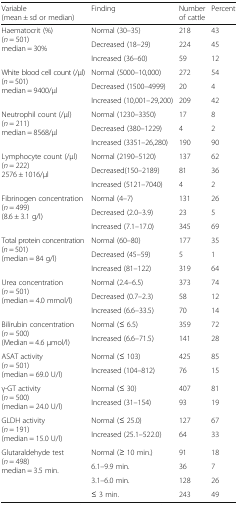
<table><thead><tr><td><b>Variable(mean ± sd or median)</b></td><td><b>Finding</b></td><td><b>Number of cattle</b></td><td><b>Percent</b></td></tr></thead><tbody><tr><td rowspan="3">Haematocrit (%) (<i>n</i> = 501)median = 30%</td><td>Normal (30–35)</td><td>218</td><td>43</td></tr><tr><td>Decreased (18–29)</td><td>224</td><td>45</td></tr><tr><td>Increased (36–60)</td><td>59</td><td>12</td></tr><tr><td rowspan="3">White blood cell count (/μl) (<i>n</i> = 501)median = 9400/μl</td><td>Normal (5000–10,000)</td><td>272</td><td>54</td></tr><tr><td>Decreased (1500–4999)</td><td>20</td><td>4</td></tr><tr><td>Increased (10,001–29,200)</td><td>209</td><td>42</td></tr><tr><td rowspan="3">Neutrophil count (/μl) (<i>n</i> = 211)median = 8568/μl</td><td>Normal (1230–3350)</td><td>17</td><td>8</td></tr><tr><td>Decreased (380–1229)</td><td>4</td><td>2</td></tr><tr><td>Increased (3351–26,280)</td><td>190</td><td>90</td></tr><tr><td rowspan="3">Lymphocyte count (/μl) (<i>n</i> = 222)2576 ± 1016/μl</td><td>Normal (2190–5120)</td><td>137</td><td>62</td></tr><tr><td>Decreased(150–2189)</td><td>81</td><td>36</td></tr><tr><td>Increased (5121–7040)</td><td>4</td><td>2</td></tr><tr><td rowspan="3">Fibrinogen concentration (<i>n</i> = 499)(8.6 ± 3.1 g/l)</td><td>Normal (4–7)</td><td>131</td><td>26</td></tr><tr><td>Decreased (2.0–3.9)</td><td>23</td><td>5</td></tr><tr><td>Increased (7.1–17.0)</td><td>345</td><td>69</td></tr><tr><td rowspan="3">Total protein concentration (<i>n</i> = 501)(median = 84 g/l)</td><td>Normal (60–80)</td><td>177</td><td>35</td></tr><tr><td>Decreased (45–59)</td><td>5</td><td>1</td></tr><tr><td>Increased (81–122)</td><td>319</td><td>64</td></tr><tr><td rowspan="3">Urea concentration (<i>n</i> = 501)(median = 4.0 mmol/l)</td><td>Normal (2.4–6.5)</td><td>373</td><td>74</td></tr><tr><td>Decreased (0.7–2.3)</td><td>58</td><td>12</td></tr><tr><td>Increased (6.6–33.5)</td><td>70</td><td>14</td></tr><tr><td rowspan="2">Bilirubin concentration (<i>n</i> = 500)(Median = 4.6 μmol/l)</td><td>Normal (≤ 6.5)</td><td>359</td><td>72</td></tr><tr><td>Increased (6.6–71.5)</td><td>141</td><td>28</td></tr><tr><td rowspan="2">ASAT activity (<i>n</i> = 501)(median = 69.0 U/l)</td><td>Normal (≤ 103)</td><td>425</td><td>85</td></tr><tr><td>Increased (104–812)</td><td>76</td><td>15</td></tr><tr><td rowspan="2">γ-GT activity (<i>n</i> = 500)(median = 24.0 U/l)</td><td>Normal (≤ 30)</td><td>407</td><td>81</td></tr><tr><td>Increased (31–154)</td><td>93</td><td>19</td></tr><tr><td rowspan="2">GLDH activity (<i>n</i> = 191)(median = 15.0 U/l)</td><td>Normal (≤ 25.0)</td><td>127</td><td>67</td></tr><tr><td>Increased (25.1–522.0)</td><td>64</td><td>33</td></tr><tr><td rowspan="4">Glutaraldehyde test (<i>n</i> = 498)median = 3.5 min.</td><td>Normal (≥ 10 min.)</td><td>91</td><td>18</td></tr><tr><td>6.1–9.9 min.</td><td>36</td><td>7</td></tr><tr><td>3.1–6.0 min.</td><td>128</td><td>26</td></tr><tr><td>≤ 3 min.</td><td>243</td><td>49</td></tr></tbody></table>